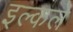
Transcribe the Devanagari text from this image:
इल्कले